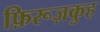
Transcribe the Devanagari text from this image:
फ़िरूज़कुह